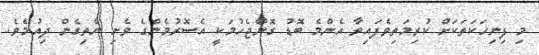
މި ފިނިހަކަތަކަށް ކުރިމަތިވެފައިވާ އެންމެ ބޮޑު ގޮންޖެހުމަކީ އެސޮރުމެންގެ ވެށި ނެތިގެން ދިއުމެވެ.